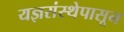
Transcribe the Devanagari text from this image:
यज्ञसंस्थेपासून